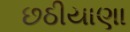
છઠીયાણા